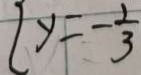
y = - \frac { 1 } { 3 }